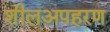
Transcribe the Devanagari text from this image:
शीलअपहरण